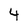
Character: 4